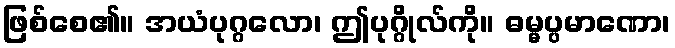
ဖြစ်စေ၏။ အယံပုဂ္ဂလော၊ ဤပုဂ္ဂိုလ်ကို။ ဓမ္မပ္ပမာဏော၊